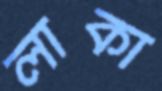
লাকা